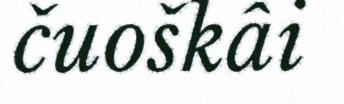
čuoškâi